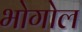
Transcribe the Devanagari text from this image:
भोगोल